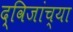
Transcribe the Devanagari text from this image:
द्विजांच्या